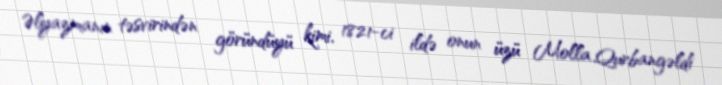
Əlyazmanın təsvirindən göründüyü kimi, 1821-ci ildə onun üzü Molla Qurbangəldi